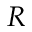
R